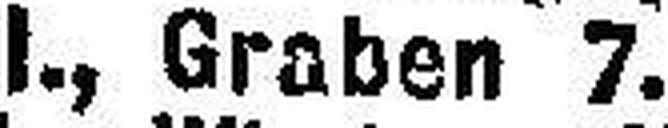
I., Graben 7.